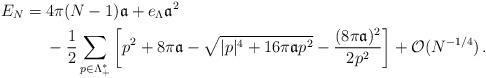
LaTeX: \begin{align*}E_{N} = \; &4\pi (N-1) \frak{a}+ e_\Lambda \frak{a}^2 \\ & - \frac{1}{2}\sum_{p\in\Lambda^*_+} \left[ p^2+8\pi \frak{a} - \sqrt{|p|^4 + 16 \pi \frak{a} p^2} - \frac{(8\pi \frak{a} )^2}{2p^2}\right] + \mathcal{O} (N^{-1/4}) \, . \end{align*}